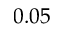
0 . 0 5